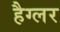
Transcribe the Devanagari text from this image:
हैग्लर